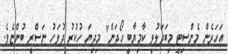
އަހަރެން މެންސިޓީ މިބަދަލުވީ ކާމިޔާބީ ހޯދަން" މިދިޔަ ހުކުރު ދުވަހު ނަސްރީ ބުންޏެވެ.